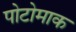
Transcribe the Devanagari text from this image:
पोटोमाक